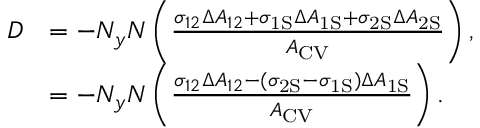
\begin{array} { r l } { D } & { = - N _ { y } N \left( \frac { \sigma _ { 1 2 } \Delta A _ { 1 2 } + \sigma _ { \mathrm { { 1 S } } } \Delta A _ { \mathrm { 1 S } } + \sigma _ { \mathrm { { 2 S } } } \Delta A _ { \mathrm { 2 S } } } { A _ { \mathrm { { C V } } } } \right) , } \\ & { = - N _ { y } N \left( \frac { \sigma _ { 1 2 } \Delta A _ { 1 2 } - ( \sigma _ { \mathrm { 2 S } } - \sigma _ { \mathrm { { 1 S } } } ) \Delta A _ { \mathrm { 1 S } } } { A _ { \mathrm { { C V } } } } \right) . } \end{array}